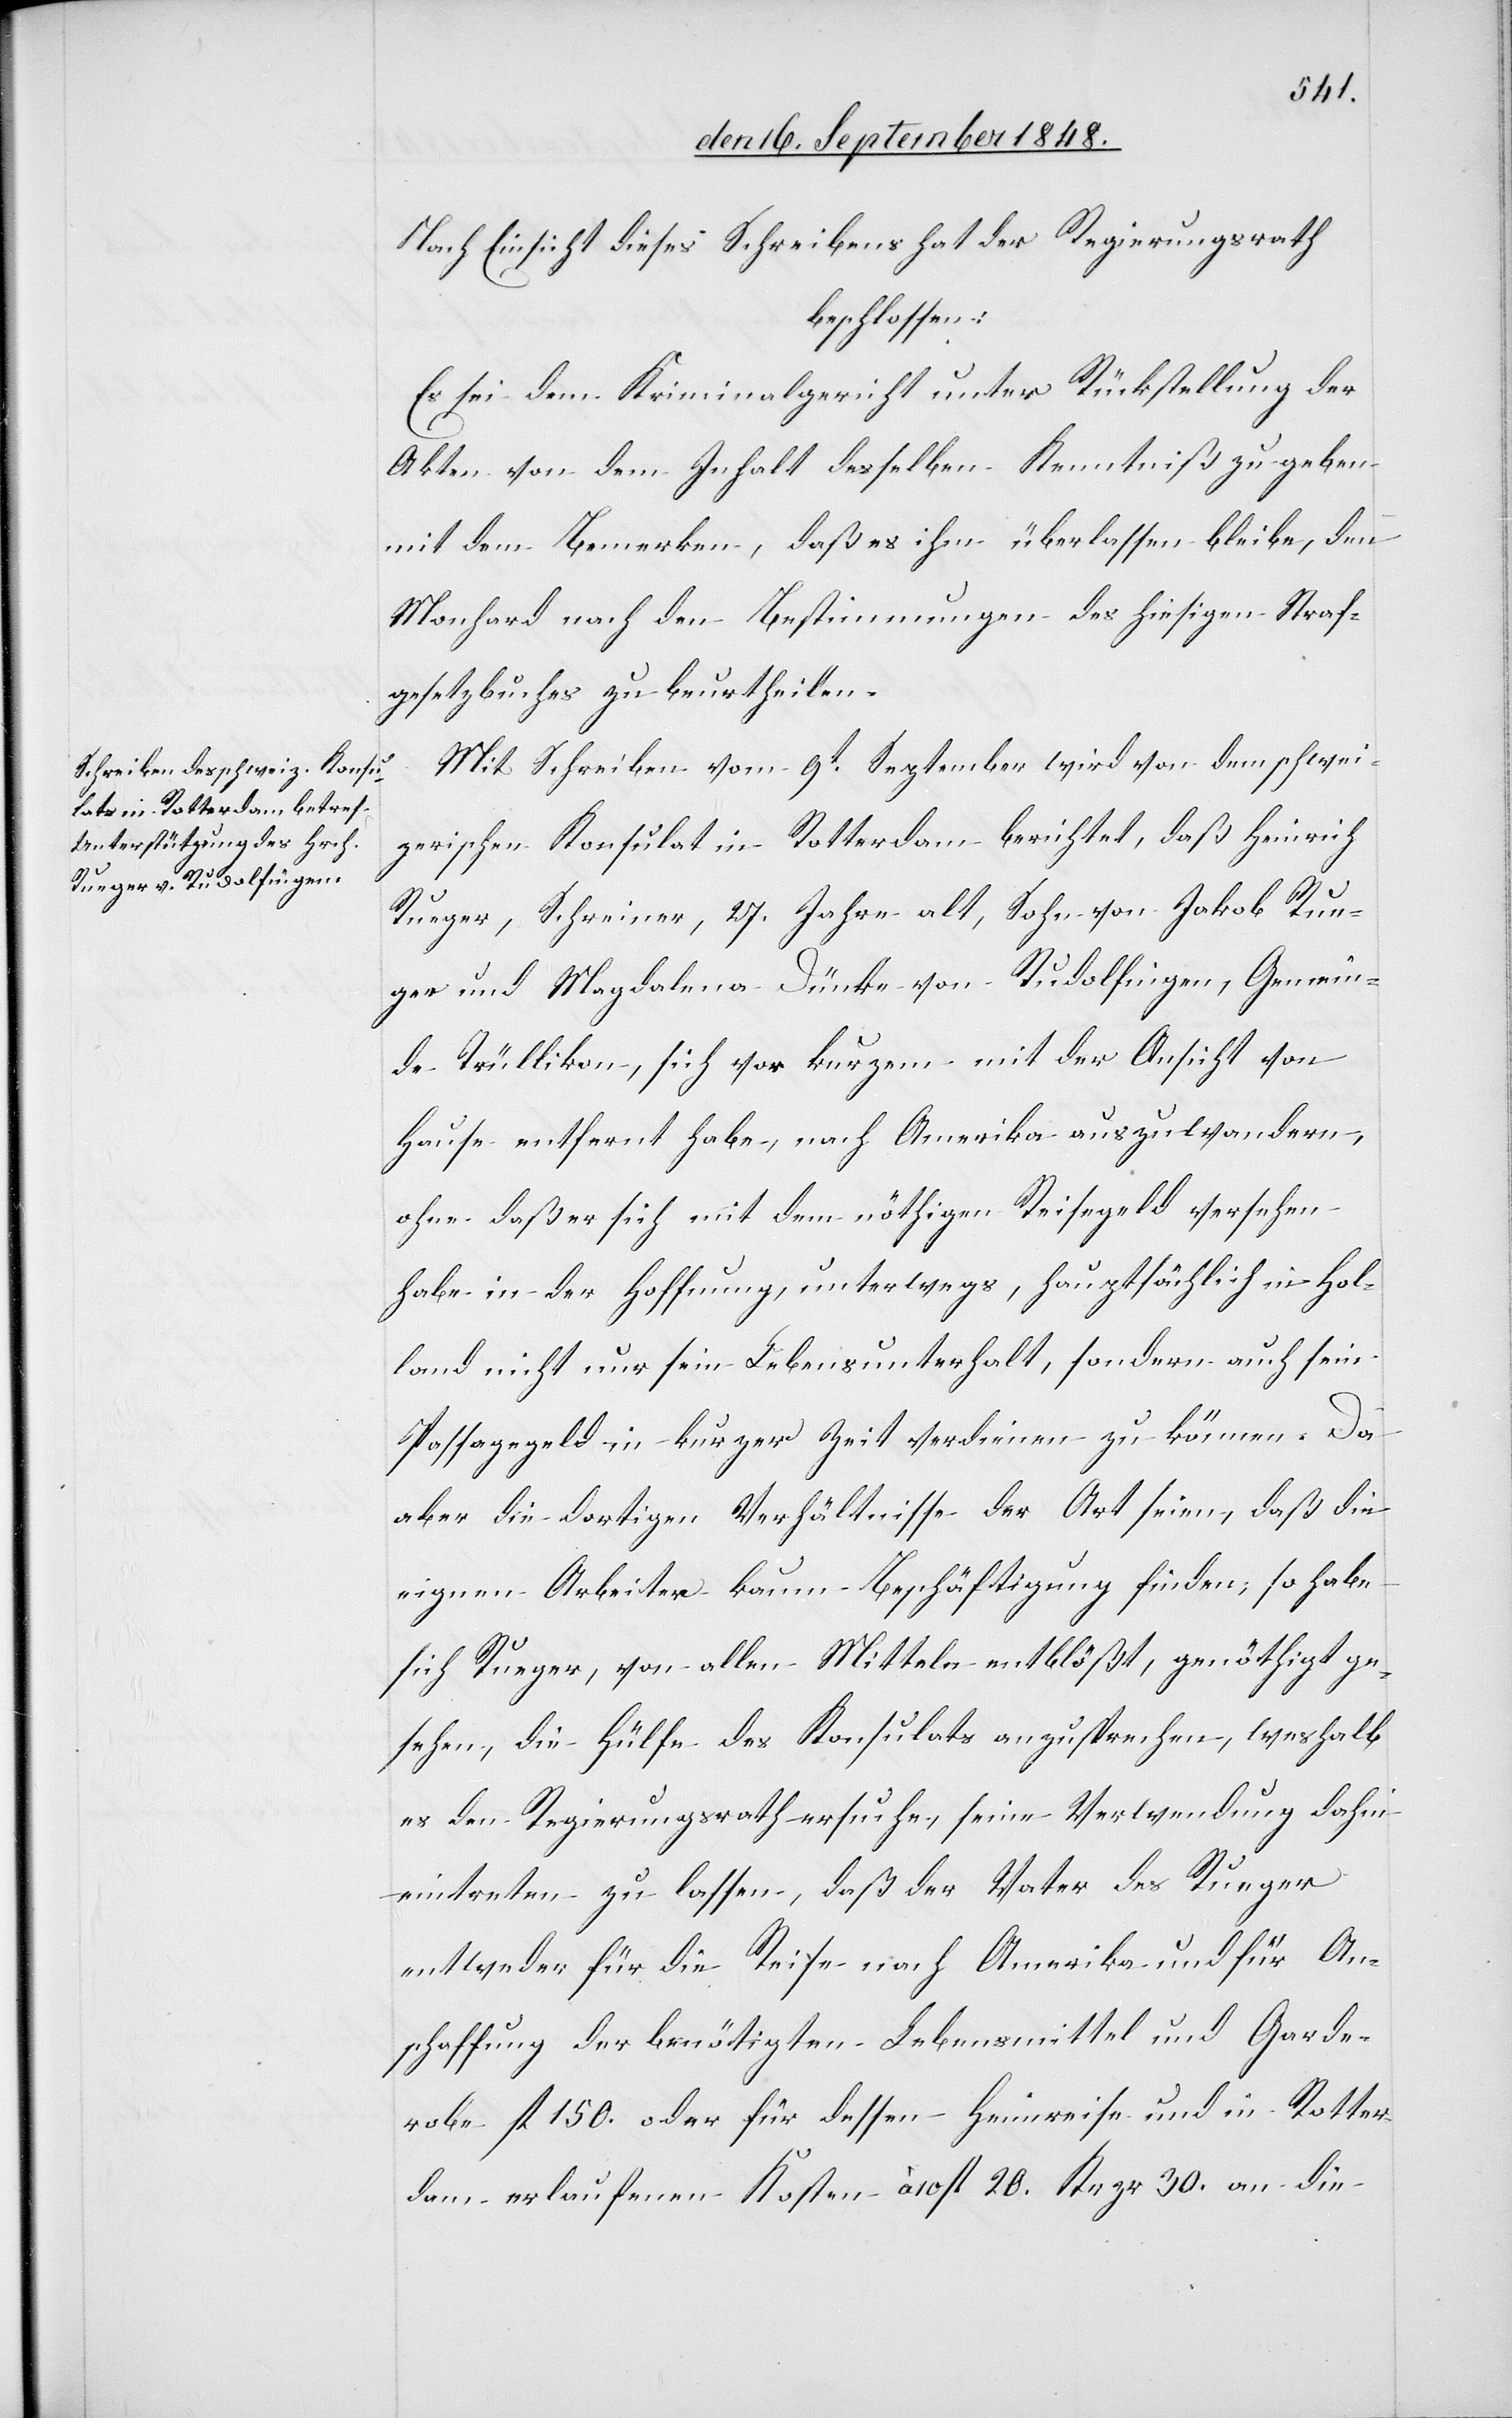
Nach Einsicht dieses Schreibens hat der Regierungsrath
beschlossen:
Es sei dem Kriminalgericht unter Rückstellung der
Akten von dem Inhalt desselben Kenntniß zu geben
mit dem Bemerken, daß es ihm überlassen bleibe, den
Monhard nach den Bestimmungen des hiesigen Straf¬
gesetzbuches zu beurtheilen.
Mit Schreiben vom 9t September wird von dem schwei¬
zerischen Konsulat in Rotterdam berichtet, daß Heinrich
Rueger, Schreiner, 27. Jahre alt, Sohn von Jakob Rue¬
ger und Magdalena Dünke von Rudolfingen, Gemein¬
de Trüllikon, sich vor kurzem mit der Ansicht von
Hause entfernt habe, nach Amerika auszuwandern,
ohne daß er sich mit dem nöthigen Reisegeld versehen
habe in der Hoffnung, unterwegs, hauptsächlich in Hol¬
land nicht nur sein Lebensunterhalt, sondern auch sein
Passagegeld in kurzer Zeit verdienen zu können. Da
aber die dortigen Verhältnisse der Art seien, daß die
eignen Arbeiter kaum Beschäftigung finden, so habe
sich Rueger, von allen Mitteln entblößt, genöthigt ge¬
sehen, die Hülfe des Konsulats anzusprechen, weshalb
es den Regierungsrath ersuche, seine Verwendung dahin
eintreten zu lassen, daß der Vater des Rueger
entweder für die Reise nach Amerika und für An¬
schaffung der benötigten Lebensmittel und Garde¬
robe fl. 150. oder für dessen Heimreise und in Rotter¬
dam erlaufenen Kosten à 10 fl. 20. Krzr 30. an die